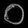
Digit: ၀